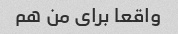
واقعا برای من هم